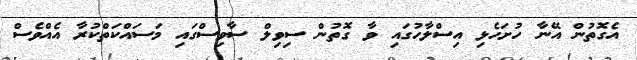
އެގޮތުން އޭނާ ހުށަހެޅި އިސްލާހުގައި ވާ ގޮތުން ސިވިލް ސާވިސްގައި މަސައްކަތްކުރާ އެއްވެސް